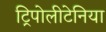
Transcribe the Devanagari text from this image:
ट्रिपोलीटेनिया